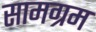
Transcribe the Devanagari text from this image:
सामग्रम